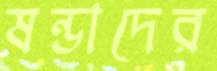
ষন্ডাদের